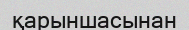
қарыншасынан